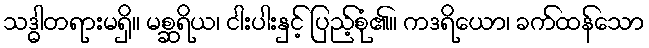
သဒ္ဓါတရားမရှိ။ မစ္ဆရိယ၊ ငါးပါးနှင့် ပြည့်စုံ၏။ ကဒရိယော၊ ခက်ထန်သော